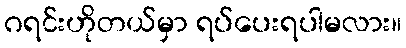
ဂရင်းဟိုတယ်မှာ ရပ်ပေးရပါမလား။